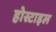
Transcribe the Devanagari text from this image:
होस्टाइल